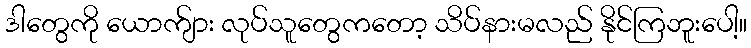
ဒါတွေကို ယောက်ျား လုပ်သူတွေကတော့ သိပ်နားမလည် နိုင်ကြဘူးပေါ့။